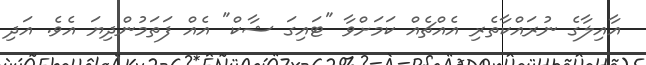
އާއިލާގެ ނުރައްކާތެރި އެއްޗެއް ކަމަށްވާ "ޓައިގަ ޝާކް" އެއް ފަތަމުންދިޔަ އެވެ. އަދި